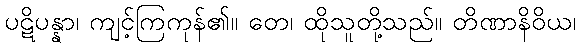
ပဋိပန္နာ၊ ကျင့်ကြကုန်၏။ တေ၊ ထိုသူတို့သည်။ တိဏာနိဝိယ၊